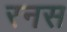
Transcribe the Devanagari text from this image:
रनस